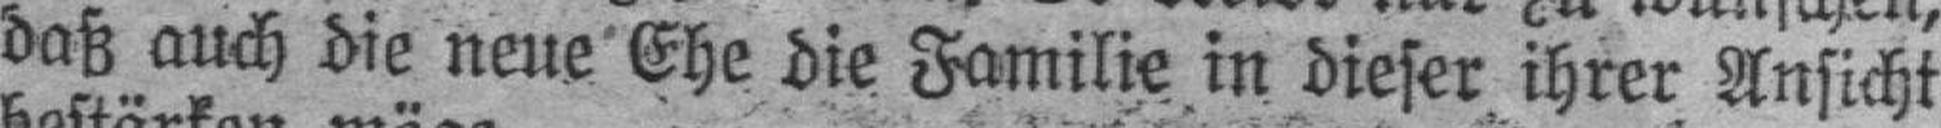
daß auch die neue Ehe die Familie in dieser ihrer Ansicht